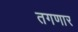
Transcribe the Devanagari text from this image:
तगणार